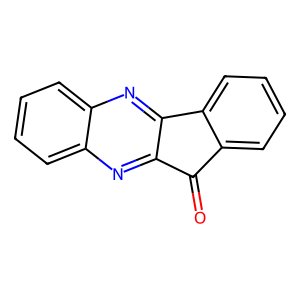
SMILES: O=C1c2ccccc2-c2nc3ccccc3nc21
Inhibits HIV replication: No